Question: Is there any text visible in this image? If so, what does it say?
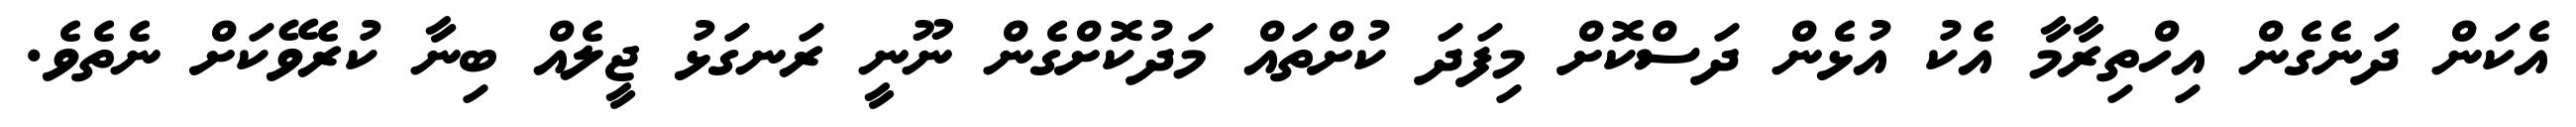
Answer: އެކަން ދަނެގެން އިހްތިރާމާ އެކު އުޅެން ދަސްކޮށް މިފަދަ ކުށްތައް މަދުކޮށްގެން ނޫނީ ރަނގަޅު ޖީލެއް ބިނާ ކުރެވޭކަށް ނެތެވެ.